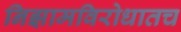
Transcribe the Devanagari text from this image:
निझामविरोधातच